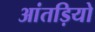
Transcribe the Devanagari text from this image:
आंतड़ियो